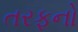
તરફનો